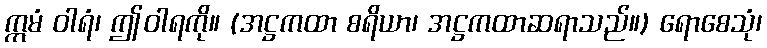
ဣမံ ဝါရံ၊ ဤဝါရကို။ (အဋ္ဌကထာ စရိယာ၊ အဋ္ဌကထာဆရာသည်။) ရောစေသုံ၊